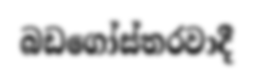
බඩගෝස්තරවාදී